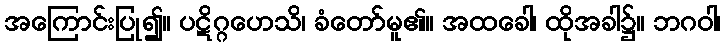
အကြောင်းပြု၍။ ပဋိဂ္ဂဟေသိ၊ ခံတော်မူ၏။ အထခေါ၊ ထိုအခါ၌။ ဘဂဝါ၊